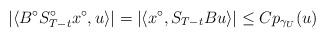
LaTeX: \begin{align*} |\langle B^{\circ}S_{T-t}^{\circ}x^{\circ},u\rangle|=|\langle x^{\circ},S_{T-t}Bu\rangle|\leq Cp_{\gamma_U}(u)\end{align*}